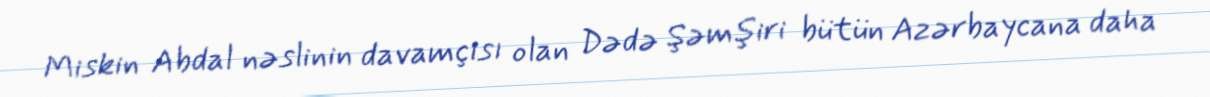
Miskin Abdal nəslinin davamçısı olan Dədə Şəmşiri bütün Azərbaycana daha